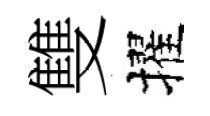
雙擢